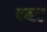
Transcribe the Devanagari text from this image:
पब्स्ट